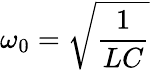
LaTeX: \omega_{0}={\sqrt{\frac{1}{LC}}}